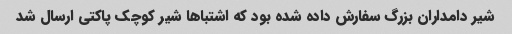
شیر دامداران بزرگ سفارش داده شده بود که اشتباها شیر کوچک پاکتی ارسال شد